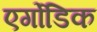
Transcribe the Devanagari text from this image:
एर्गोडिक